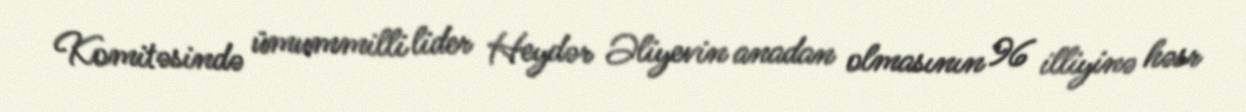
Komitəsində ümummilli lider Heydər Əliyevin anadan olmasının 96 illiyinə həsr